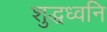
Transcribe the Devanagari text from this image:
शुद्धध्वनि